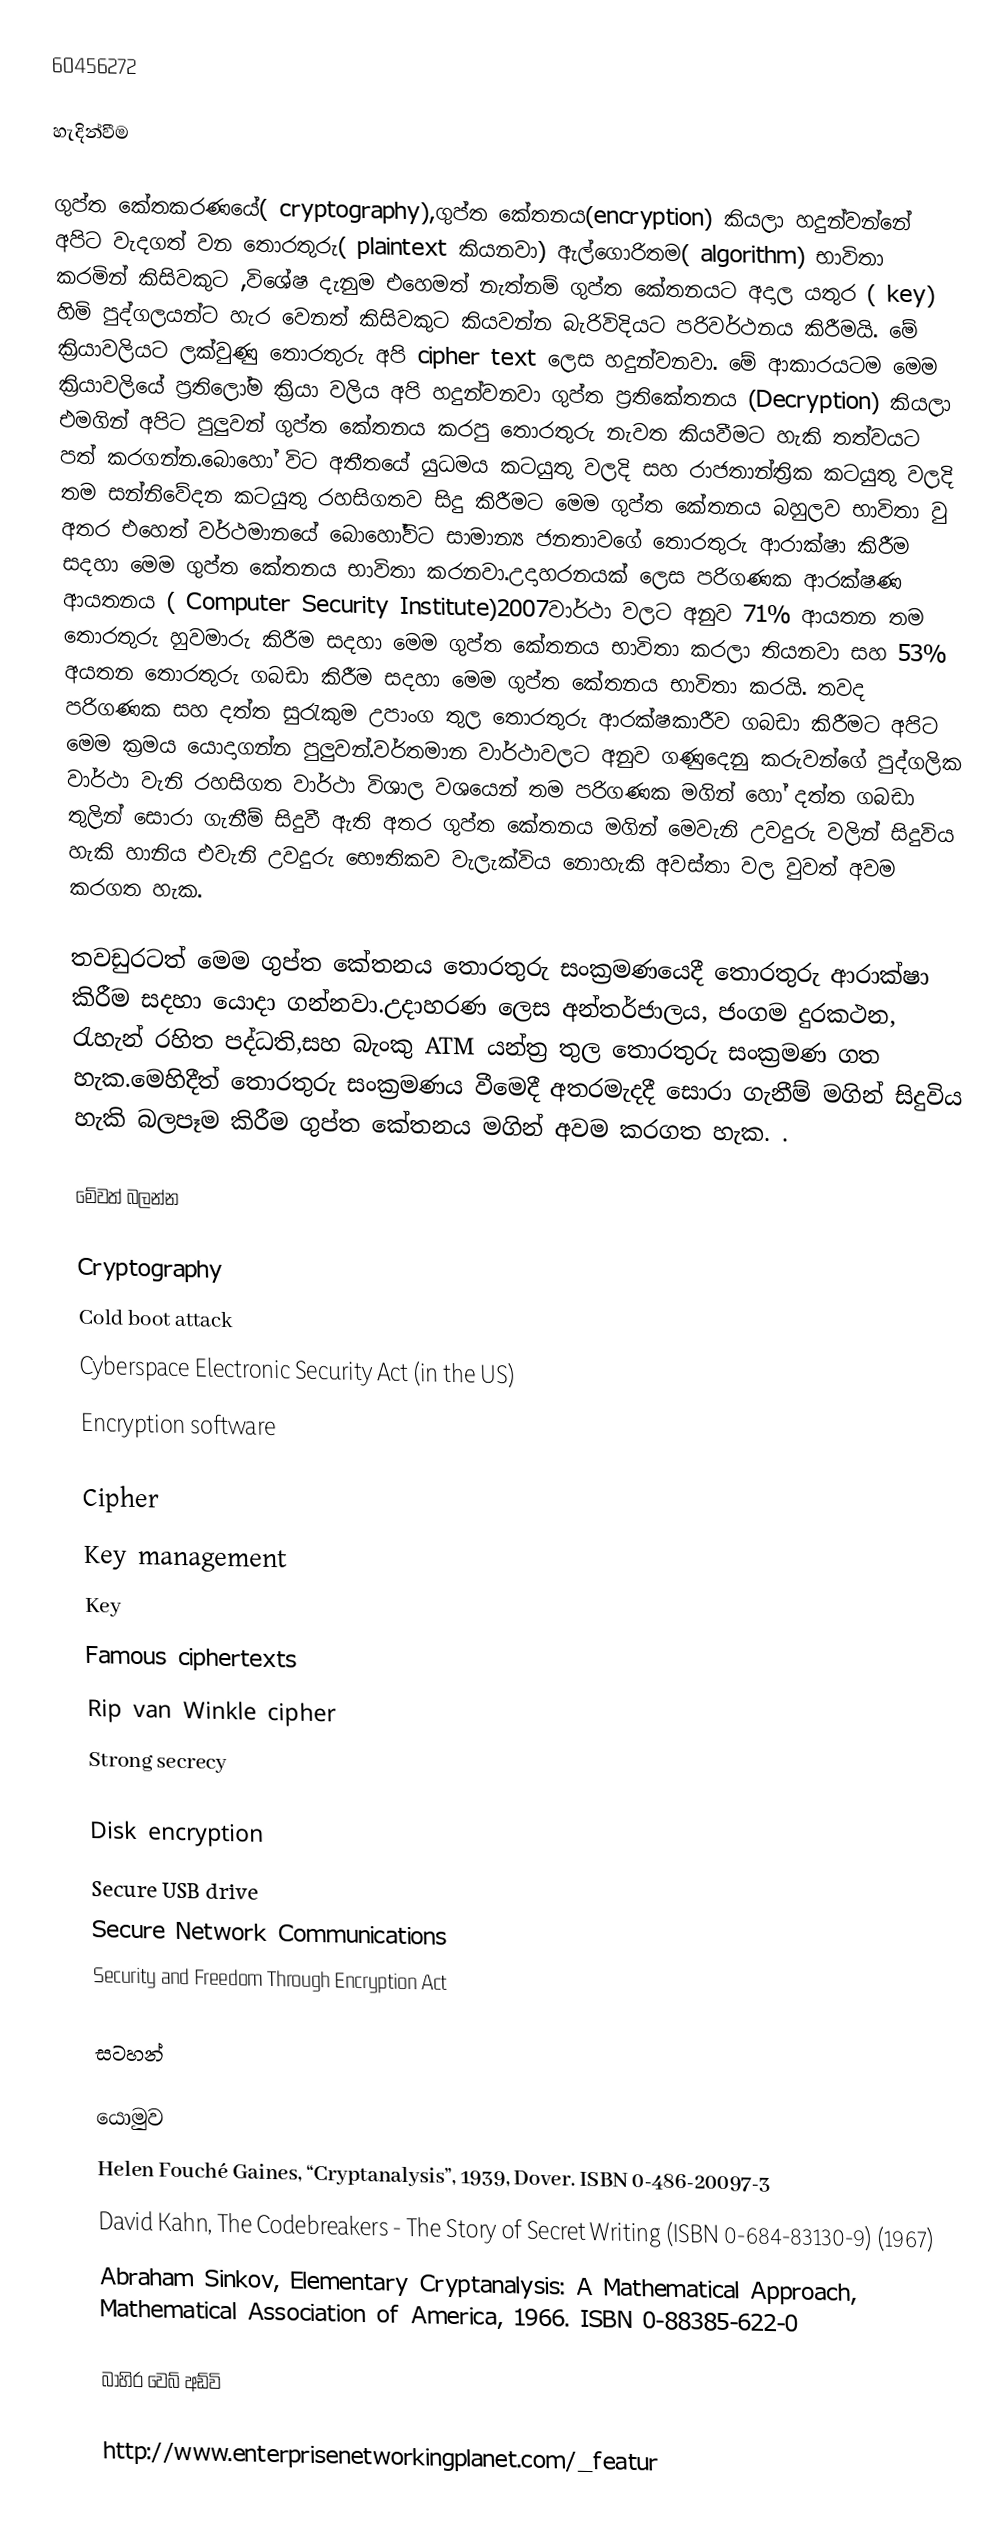
60456272

හැදින්වීම

ගුප්ත කේතකරණයේ( cryptography),ගුප්ත කේතනය(encryption) කියලා හදුන්වන්නේ අපිට වැදගත් වන තොරතුරු( plaintext කියනවා) ඇල්ගොරිතම( algorithm) භාවිතා කරමින් කිසිවකුට ,විශේෂ දැනුම එහෙමත් නැත්නම් ගුප්ත කේතනයට අදාල යතුර ( key) හිමි පුද්ගලයන්ට හැර වෙනත් කිසිවකුට කියවන්න බැරිවිදියට පරිවර්ථනය කිරීමයි. මේ ක්‍රියාවලියට ලක්වුණු තොරතුරු අපි cipher text ලෙස හදුන්වනවා. මේ ආකාරයටම මෙම ක්‍රියාවලියේ ප්‍රතිලෝම ක්‍රියා වලිය අපි හදුන්වනවා ගුප්ත ප්‍රතිකේතනය (Decryption) කියලා එමගින් අපිට පුලුවන් ගුප්ත කේතනය කරපු තොරතුරු නැවත කියවීමට හැකි තත්වයට පත් කරගන්න.බොහෝ විට අතීතයේ යුධමය කටයුතු වලදි සහ රාජතාන්ත්‍රික කටයුතු වලදි  තම සන්නිවේදන කටයුතු රහසිගතව සිදු කිරීමට මෙම ගුප්ත කේතනය බහුලව භාවිතා වු අතර එහෙත් වර්ථමානයේ බොහෝවිට සාමාන්‍ය ජනතාවගේ තොරතුරු ආරාක්ෂා කිරීම සදහා මෙම ගුප්ත කේතනය භාවිතා  කරනවා.උදාහරනයක් ලෙස පරිගණක ආරක්ෂණ ආයතනය ( Computer Security Institute)2007වාර්ථා වලට අනුව 71% ආයතන තම තොරතුරු හුවමාරු කිරීම සදහා මෙම ගුප්ත කේතනය භාවිතා කරලා තියනවා සහ 53% අයතන තොරතුරු  ගබඩා කිරීම සදහා මෙම ගුප්ත කේතනය භාවිතා කරයි. තවද පරිගණක සහ දත්ත සුරැකුම උපාංග තුල තොරතුරු ආරක්ෂකාරීව ගබඩා කිරීමට අපිට මෙම ක්‍රමය යොදාගන්න පුලුවන්.වර්තමාන වාර්ථාවලට අනුව ගණුදෙනු කරුවන්ගේ පුද්ගලික වාර්ථා වැනි රහසිගත වාර්ථා විශාල වශයෙන් තම පරිගණක මගින් හෝ දත්ත ගබඩා තුලින් සොරා ගැනීම් සිදුවී ඇති අතර ගුප්ත කේතනය මගින් මෙවැනි උවදුරු වලින් සිදුවිය හැකි හානිය එවැනි උවදුරු භෞතිකව වැලැක්විය නොහැකි අවස්තා වල වුවත් අවම කරගත හැක.

තවඩුරටත් මෙම ගුප්ත කේතනය තොරතුරු සංක්‍රමණයෙදී තොරතුරු  ආරාක්ෂා  කිරීම සදහා යොදා ගන්නවා.උදාහරණ ලෙස  අන්තර්ජාලය,  ජංගම දුරකථන,  රැහැන් රහිත පද්ධති,සහ බැංකු  ATM යන්ත්‍ර තුල තොරතුරු සංක්‍රමණ  ගත හැක.මෙහිදීත් තොරතුරු සංක්‍රමණය වීමෙදී අතරමැදදී සොරා ගැනීම් මගින් සිදුවිය හැකි බලපෑම කිරීම ගුප්ත කේතනය  මගින් අවම කරගත හැක. .

මේවත් බලන්න

 Cryptography
 Cold boot attack
 Cyberspace Electronic Security Act (in the US)
 Encryption software

 Cipher
 Key management
 Key
 Famous ciphertexts
 Rip van Winkle cipher
 Strong secrecy

 Disk encryption
 Secure USB drive
 Secure Network Communications
 Security and Freedom Through Encryption Act

සටහන්

යොමුව
 Helen Fouché Gaines, “Cryptanalysis”, 1939, Dover. ISBN 0-486-20097-3
 David Kahn, The Codebreakers - The Story of Secret Writing (ISBN 0-684-83130-9) (1967)
 Abraham Sinkov, Elementary Cryptanalysis: A Mathematical Approach, Mathematical Association of America, 1966. ISBN 0-88385-622-0

බාහිර වෙබ් අඩ්වි

http://www.enterprisenetworkingplanet.com/_featur